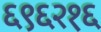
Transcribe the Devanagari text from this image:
६९६२१६